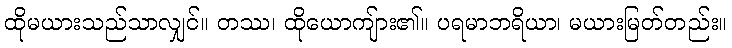
ထိုမယားသည်သာလျှင်။ တဿ၊ ထိုယောကျ်ား၏။ ပရမာဘရိယာ၊ မယားမြတ်တည်း။